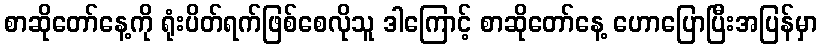
စာဆိုတော်နေ့ကို ရုံးပိတ်ရက်ဖြစ်စေလိုသူ ဒါကြောင့် စာဆိုတော်နေ့ ဟောပြောပြီးအပြန်မှာ